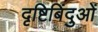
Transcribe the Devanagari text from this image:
दृष्टिबिंदुओं